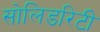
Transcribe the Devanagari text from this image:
सोलिडरिटी